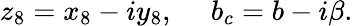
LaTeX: z_{8}=x_{8}-iy_{8},\; \quad b_{c}=b-i\beta.\;